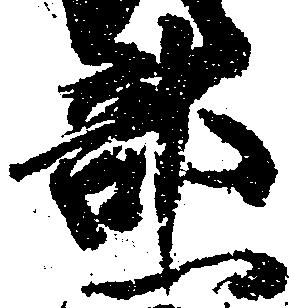
部